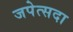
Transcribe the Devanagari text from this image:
जपेत्सदा